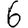
Digit: 6